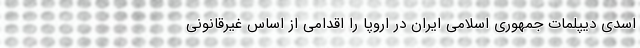
اسدی دیپلمات جمهوری اسلامی ایران در اروپا را اقدامی از اساس غیرقانونی